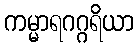
ကမ္မာရဂဂ္ဂရိယာ